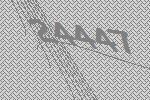
24447